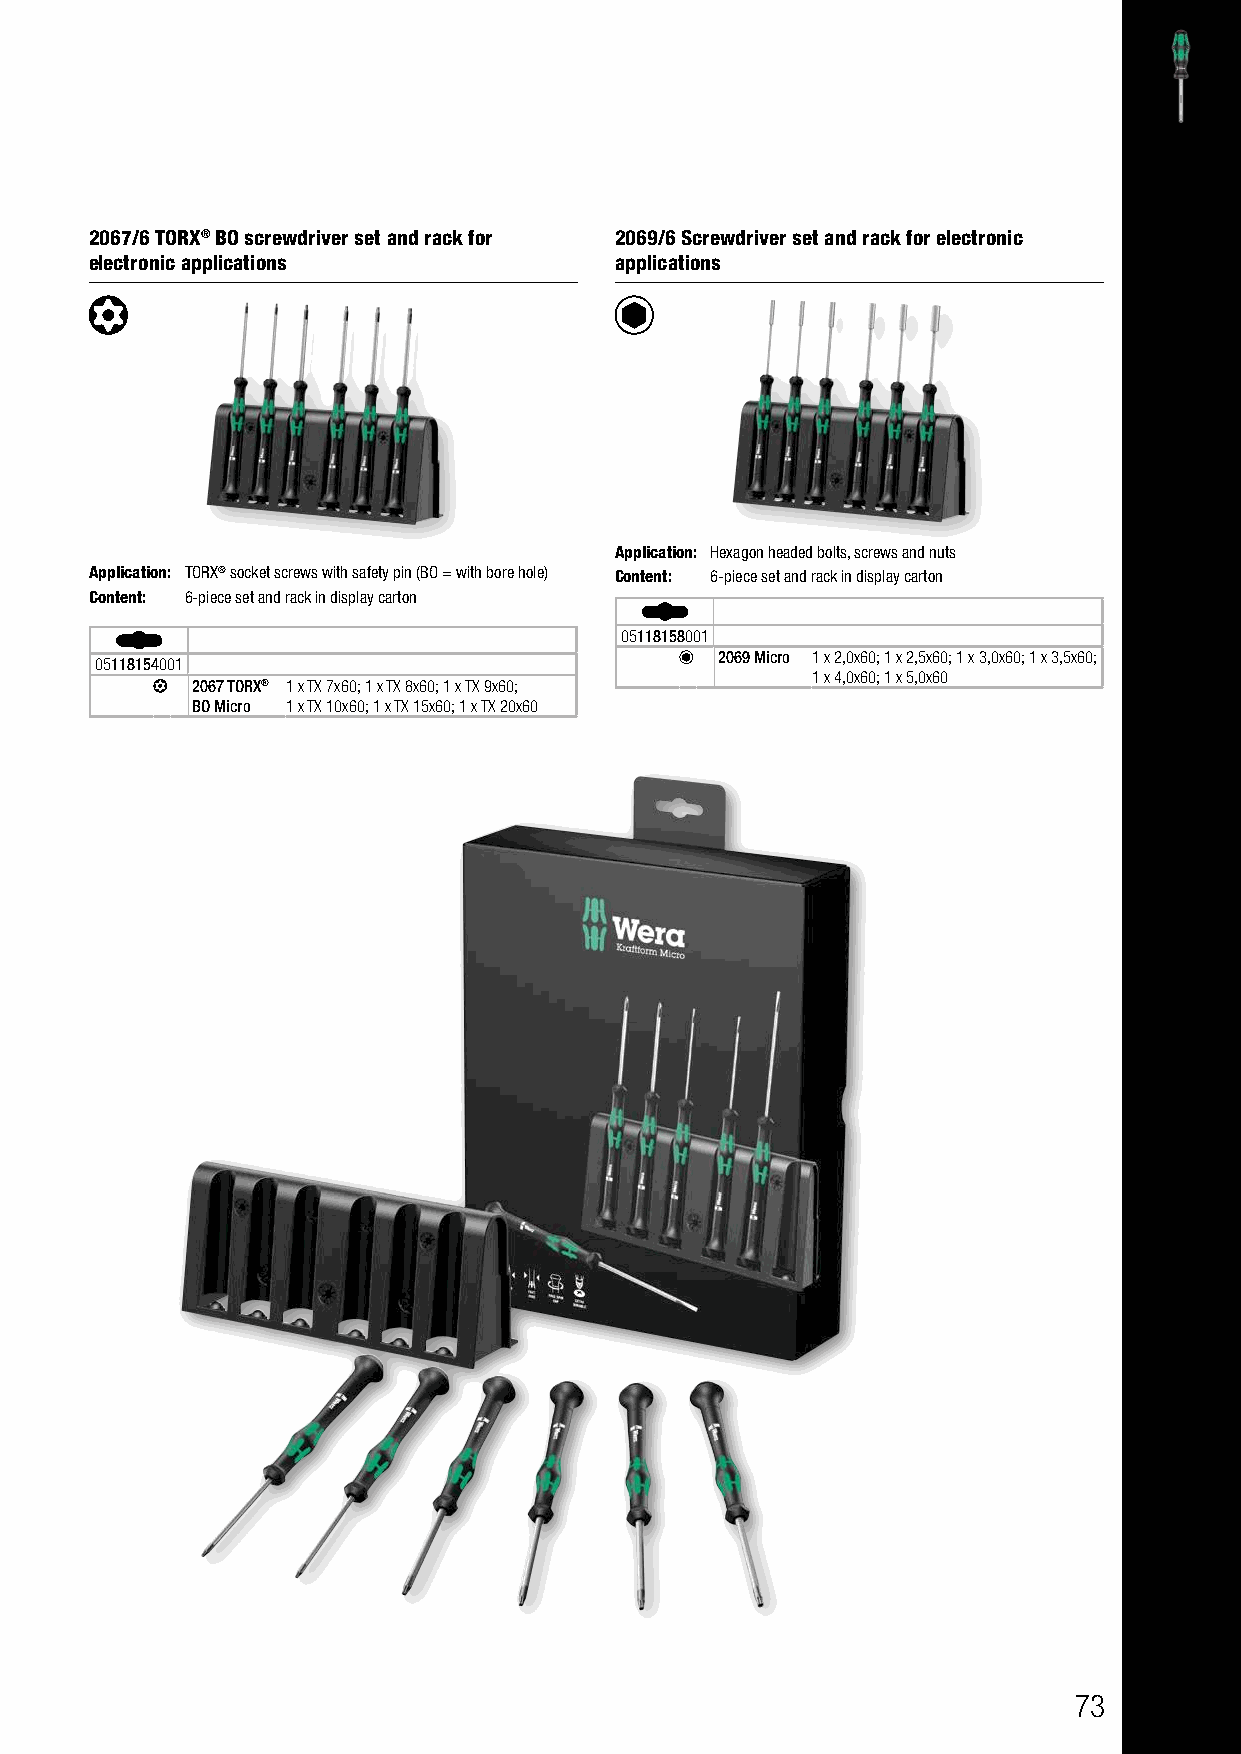
2067/6 TORX® BO screwdriver set and rack for 2069/6 Screwdriver set and rack for electronic
 electronic applications            applications
 Application: Hexagon headed bolts, screws and nuts
 Application: TORX® socket screws with safety pin (BO = with bore hole) Content: 6-piece set and rack in display carton
 Content: 6-piece set and rack in display carton
 05118158001
 2069 Micro 1 x 2,0x60; 1 x 2,5x60; 1 x 3,0x60; 1 x 3,5x60;
 05118154001
 1 x 4,0x60; 1 x 5,0x60
 2067 TORX® 1 x TX 7x60; 1 x TX 8x60; 1 x TX 9x60;
 BO Micro 1 x TX 10x60; 1 x TX 15x60; 1 x TX 20x60
 73